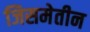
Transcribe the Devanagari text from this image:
जिसमेतीन